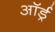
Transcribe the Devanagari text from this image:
ऑर्ड्र